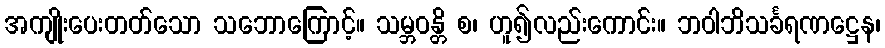
အကျိုးပေးတတ်သော သဘောကြောင့်။ သမ္ဘဝန္တိ စ၊ ဟူ၍လည်းကောင်း။ ဘဝါဘိသင်္ခရဏဋ္ဌေန၊